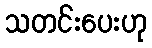
သတင်းပေးဟု